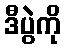
ဒီပွဲကို